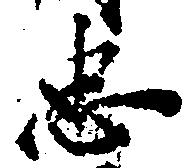
忠